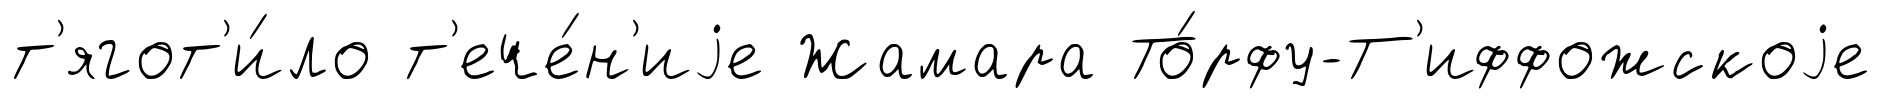
т'ягот'и́ло т'ече́н'иjе Жамара То́рфу-Т'иффожскоjе